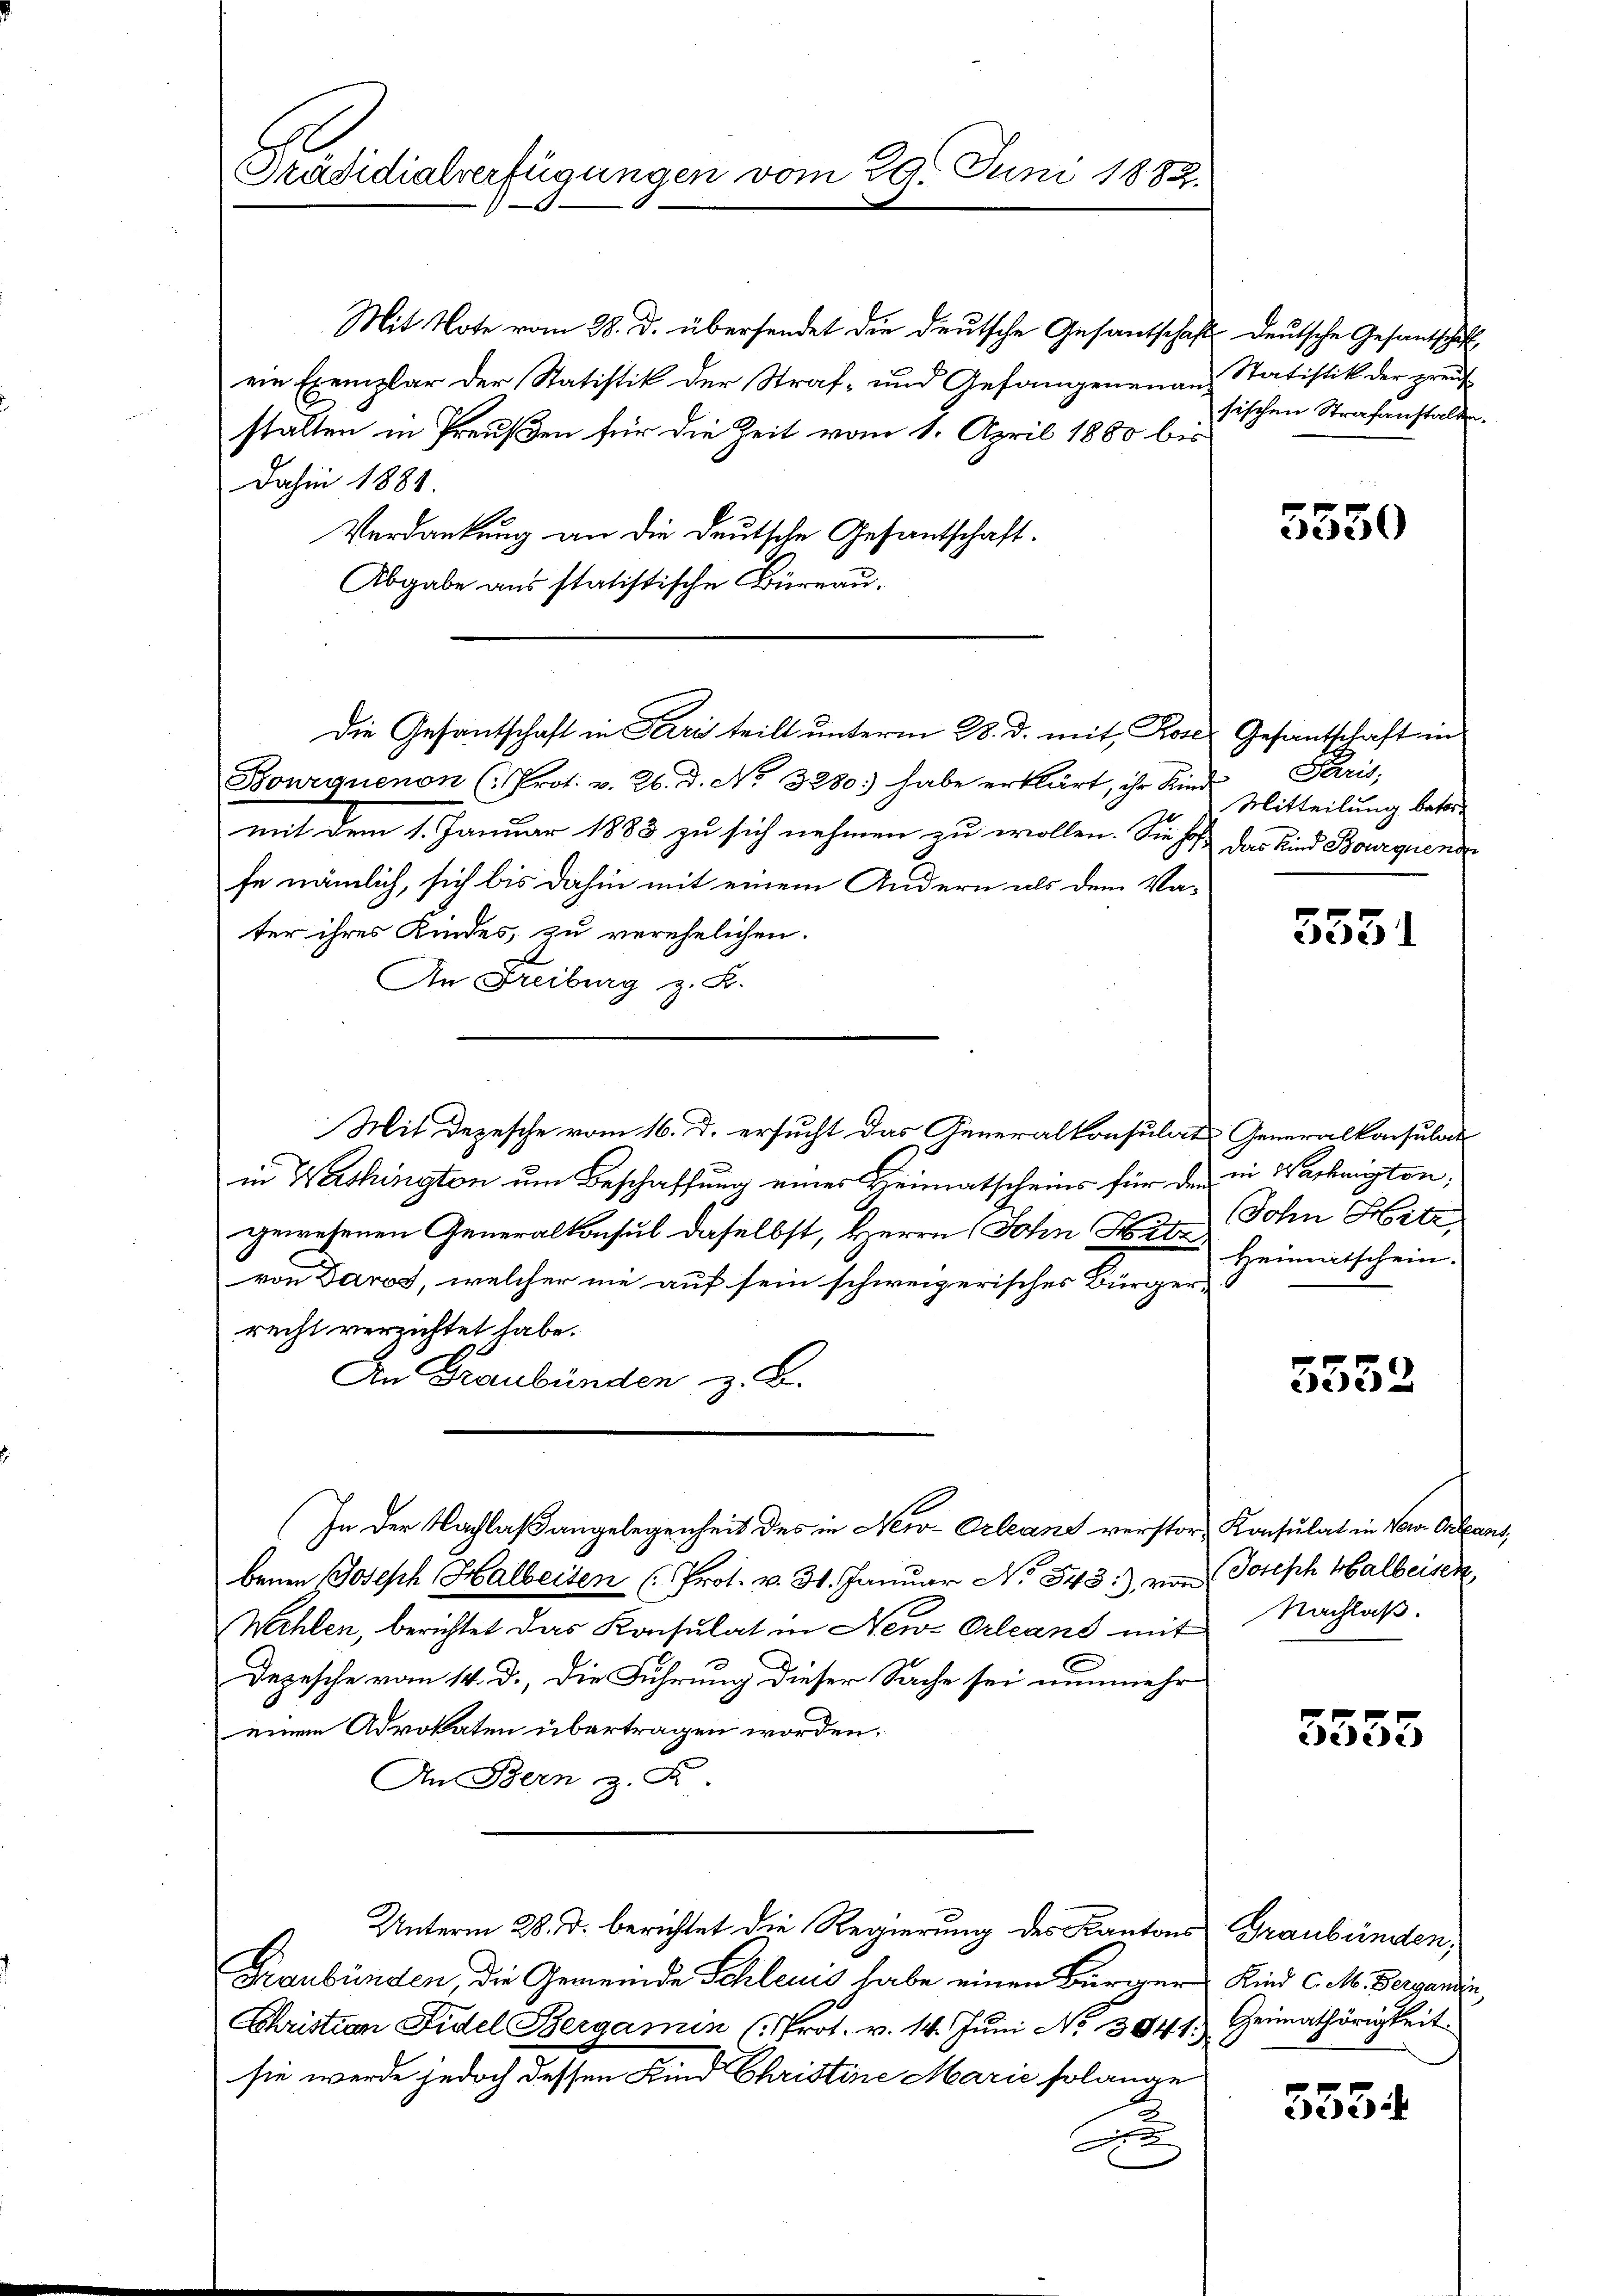
Präsidialverfügungen vom 29. Juni 1882.

Mit Note vom 28. d. übersendet die deutsche Gesantschaft
ein Exemplar der Statistik der Straf- und Gefangenenanstalten in Preußen für die Zeit vom 1. April 1880 bis
Dahin 1881.
Verdankung an die deutsche Gesantschaft.
Abgabe aus statistische Büreau.
Bourquenon (: Prot. v. 26. d. No. 3280) habe erklärt, ihr Kinde
mit dem 1. Januar 1883 zu sich nehmen zu wollen. Sie hof das Kind Bourquende
fe nämlich, sich bis dahin mit einem Andern als dem Vater ihres Kindes, zu verehelichen.
An Freiburg z. B.
Mit Depesche vom 16. d. ersucht das Generalkonsulat Generalkonsulat
in Washington um Beschaffung eines Heimatscheins für der in Wackanton,
gewesenen Generalkonsul daselbst, Herrn (John Hitz
von Davos, welcher nie auf sein schweizerisches Bürger-
recht verzichtet habe.
An Graubünden z. B.
In der Nachlaßangelegenheit des in New-Orleans verstor Konsulat in Vor- Orleans,
benen Joseph Halbeiden (Prot. v. 31. Januar No 343:), von Joseph Halbeisen,
Wehlen, berichtet das Konsulat in New-Orleans mit
Depesche vom 14. d., die Führung dieser Sache sei nunmehr
einem Advokaten übertragen worden.
An Bern z. R.
Unterm 28. d. berichtet die Regierung des Kantons Graubünden,
Graubünden, die Gemeinde Schleuis habe einen Bürger Kind C. M. Bergandin,
Schristian Fidel Bergamin (Prot. v. 14. Juni No 394. 1.
sie werde jedoch dessen Kind Christine Marie solange
A

Die Gesantschaft in Pari teilt unterm 28. d. mit Rose Gesantschaft in

deutsche Gesantschaff
Statistik der preus
sischen Strafanstalten.

5550

Paris,
Mitteilung betre

3551

Sohn Hitz
Heimatschein.

5552

Nachlaß.

3555

Heimathörigkeit.

553.